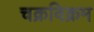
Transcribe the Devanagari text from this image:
चक्रविक्रम